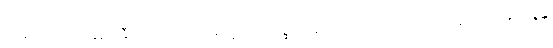
ထိုမဂ်ဖိုလ်မှ အချည်းနှီသောယောကျ်ားတို့သည်။ ပစ္ဆာ၊ နောက်၌။ ဝိဃာတံ၊ ပင်ပန်းခြင်းသို့။ အာပဇ္ဇန္တိ၊